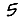
Digit: 5